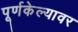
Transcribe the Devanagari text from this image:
पूर्णकेल्यावर